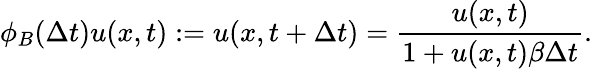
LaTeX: \phi_{B}(\Delta t)u(x,t):=u(x,t+\Delta t)=\frac{u(x,t)}{1+u(x,t)\beta\Delta t}.